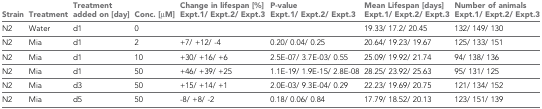
<table><thead><tr><td><b>Strain</b></td><td><b>Treatment</b></td><td><b>Treatment added on [day]</b></td><td><b>Conc. [μM]</b></td><td><b>Change in lifespan [%] Expt.1/ Expt.2/ Expt.3</b></td><td><b>P-value Expt.1/ Expt.2/ Expt.3</b></td><td><b>Mean Lifespan [days] Expt.1/ Expt.2/ Expt.3</b></td><td><b>Number of animals Expt.1/ Expt.2/ Expt.3</b></td></tr></thead><tbody><tr><td>N2</td><td>Water</td><td>d1</td><td>0</td><td>[EMPTY_CELL]</td><td>[EMPTY_CELL]</td><td>19.33/ 17.2/ 20.45</td><td>132/ 149/ 130</td></tr><tr><td>N2</td><td>Mia</td><td>d1</td><td>2</td><td>+7/ +12/ -4</td><td>0.20/ 0.04/ 0.25</td><td>20.64/ 19.23/ 19.67</td><td>125/ 133/ 151</td></tr><tr><td>N2</td><td>Mia</td><td>d1</td><td>10</td><td>+30/ +16/ +6</td><td>2.5E-07/ 3.7E-03/ 0.55</td><td>25.09/ 19.92/ 21.74</td><td>94/ 138/ 136</td></tr><tr><td>N2</td><td>Mia</td><td>d1</td><td>50</td><td>+46/ +39/ +25</td><td>1.1E-19/ 1.9E-15/ 2.8E-08</td><td>28.25/ 23.92/ 25.63</td><td>95/ 131/ 125</td></tr><tr><td>N2</td><td>Mia</td><td>d3</td><td>50</td><td>+15/ +14/ +1</td><td>2.0E-03/ 9.3E-04/ 0.29</td><td>22.23/ 19.69/ 20.75</td><td>121/ 134/ 152</td></tr><tr><td>N2</td><td>Mia</td><td>d5</td><td>50</td><td>-8/ +8/ -2</td><td>0.18/ 0.06/ 0.84</td><td>17.79/ 18.52/ 20.13</td><td>123/ 151/ 139</td></tr></tbody></table>